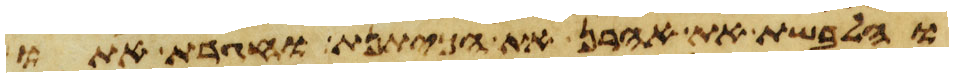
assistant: והלבשת את אהרן את הכיתנת וחגרת אתו